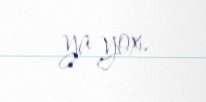
ya yox.